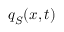
\boldsymbol { q } _ { S } ( \boldsymbol { x } , t )